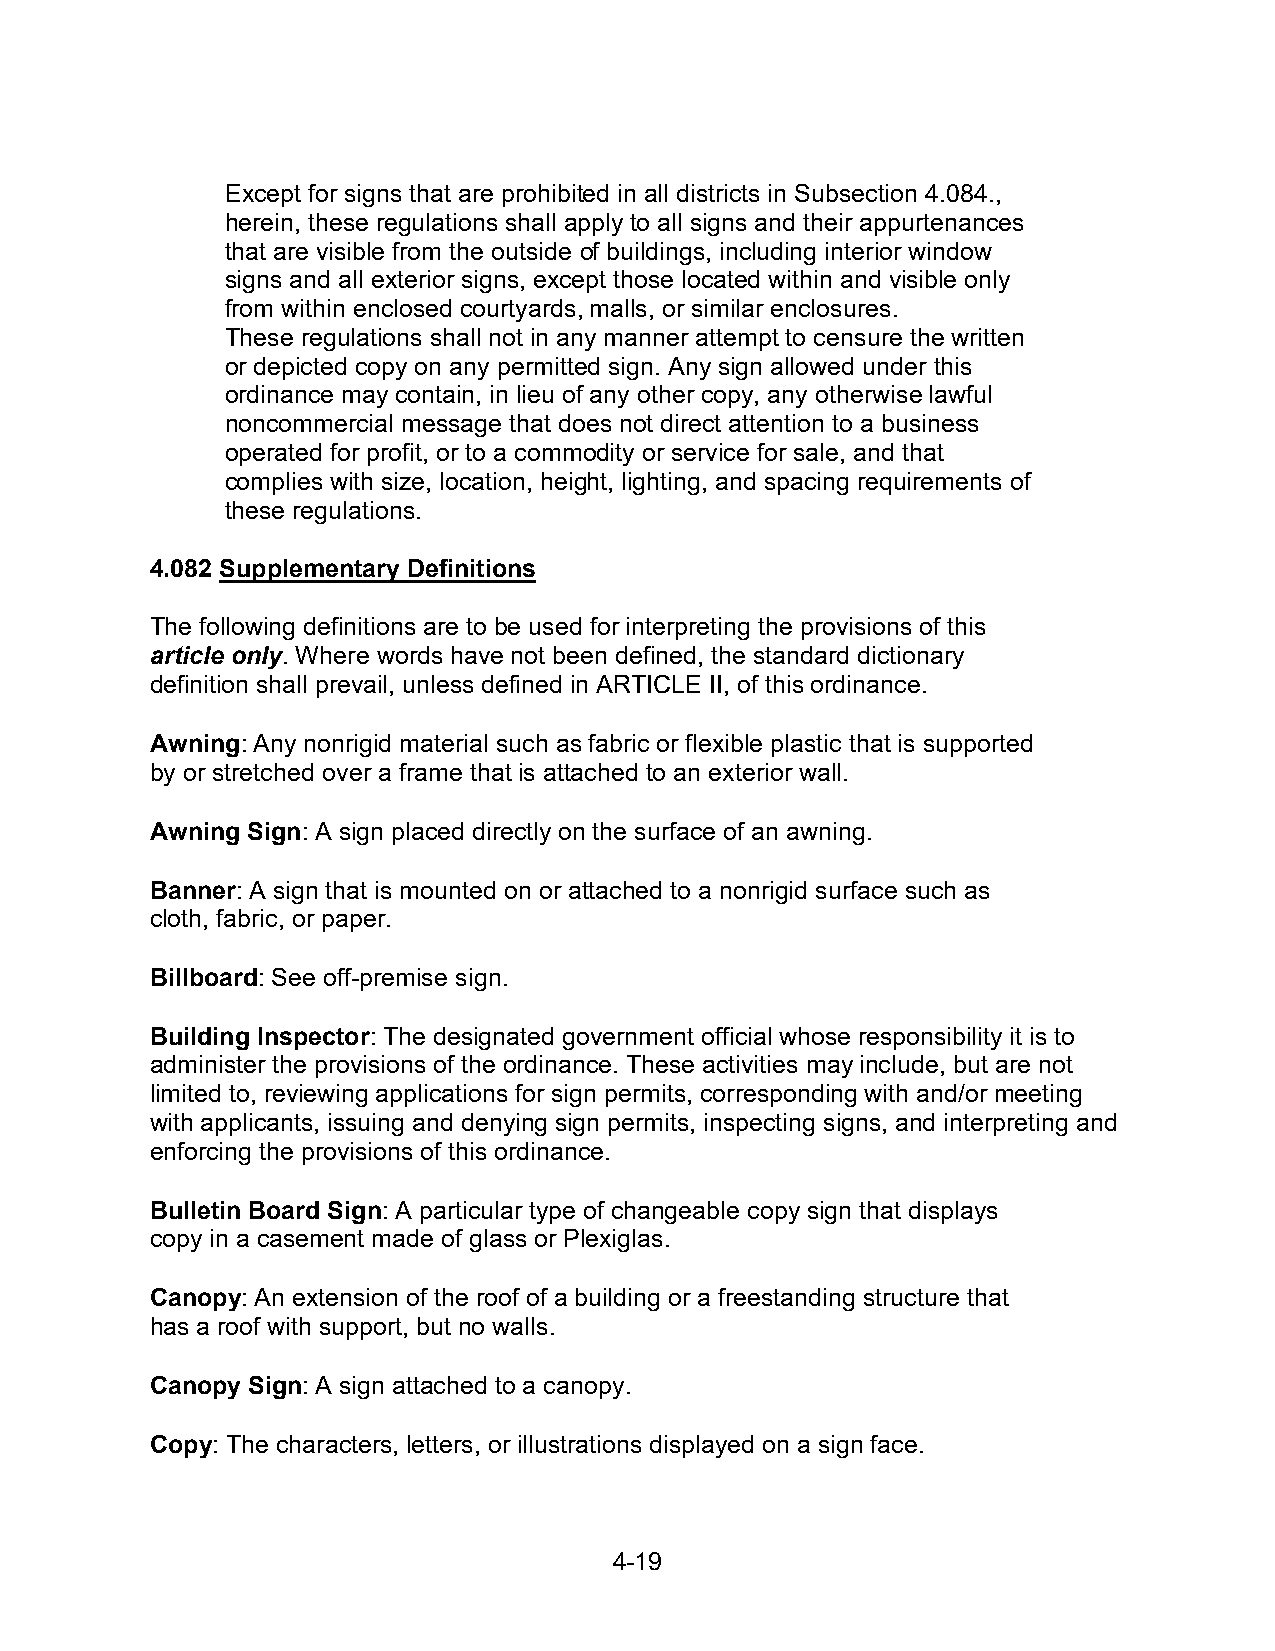
Except for signs that are prohibited in all districts in Subsection 4.084.,
 herein, these regulations shall apply to all signs and their appurtenances
 that are visible from the outside of buildings, including interior window
 signs and all exterior signs, except those located within and visible only
 from within enclosed courtyards, malls, or similar enclosures.
 These regulations shall not in any manner attempt to censure the written
 or depicted copy on any permitted sign. Any sign allowed under this
 ordinance may contain, in lieu of any other copy, any otherwise lawful
 noncommercial message that does not direct attention to a business
 operated for profit, or to a commodity or service for sale, and that
 complies with size, location, height, lighting, and spacing requirements of
 these regulations.
 4.082 Supplementary Definitions
 The following definitions are to be used for interpreting the provisions of this
 article only. Where words have not been defined, the standard dictionary
 definition shall prevail, unless defined in ARTICLE II, of this ordinance.
 Awning: Any nonrigid material such as fabric or flexible plastic that is supported
 by or stretched over a frame that is attached to an exterior wall.
 Awning Sign: A sign placed directly on the surface of an awning.
 Banner: A sign that is mounted on or attached to a nonrigid surface such as
 cloth, fabric, or paper.
 Billboard: See off-premise sign.
 Building Inspector: The designated government official whose responsibility it is to
 administer the provisions of the ordinance. These activities may include, but are not
 limited to, reviewing applications for sign permits, corresponding with and/or meeting
 with applicants, issuing and denying sign permits, inspecting signs, and interpreting and
 enforcing the provisions of this ordinance.
 Bulletin Board Sign: A particular type of changeable copy sign that displays
 copy in a casement made of glass or Plexiglas.
 Canopy: An extension of the roof of a building or a freestanding structure that
 has a roof with support, but no walls.
 Canopy Sign: A sign attached to a canopy.
 Copy: The characters, letters, or illustrations displayed on a sign face.
 4-19